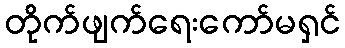
တိုက်ဖျက်ရေးကော်မရှင်